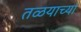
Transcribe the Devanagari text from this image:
तळयाच्या